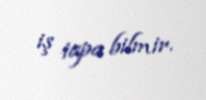
iş tapa bilmir.